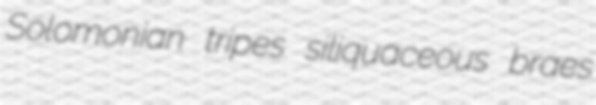
Solomonian tripes siliquaceous braes